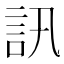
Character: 訊